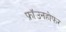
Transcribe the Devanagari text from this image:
फ्रॉउनहोफर